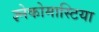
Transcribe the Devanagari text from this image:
ज्ञ्नेकोमास्टिया